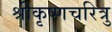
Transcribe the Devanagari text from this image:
श्रीकृष्णचरित्रु